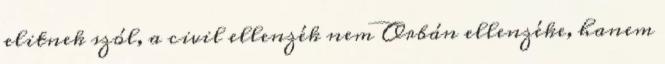
elitnek szól, a civil ellenzék nem Orbán ellenzéke, hanem